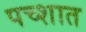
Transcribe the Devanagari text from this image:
पच्शात